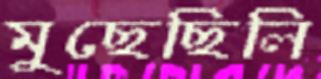
মুছেছিলি